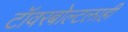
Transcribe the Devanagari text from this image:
टॉवरबोल्टलाही